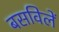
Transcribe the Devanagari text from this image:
बसविलें